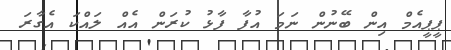
ޕީޕީއެމް އިން ބޭނުން ނަމަ އުފާ ފާޅު ކުރަން އެއް ލައްކަ އެގާރަ